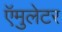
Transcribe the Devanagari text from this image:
ऍमुलेटर